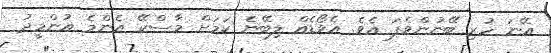
އޭނަ ހުރި ބޭނުންވެފަ އެވެ. އެވޯޑެއް ލިބޭނެ ކަމަށް މާސްކޭ އެންމެ އުންމީދު